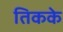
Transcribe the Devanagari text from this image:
तिकके